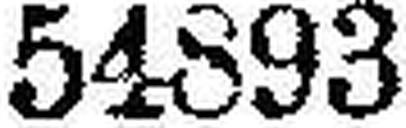
54893